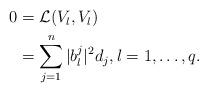
LaTeX: \begin{align*} \begin{aligned} 0 &= \mathcal L(V_{\l}, V_{\l})\\&=\sum_{j=1}^n |b_{\l}^j|^2 d_j, \l=1, \ldots, q.\end{aligned}\end{align*}